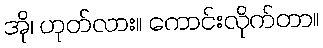
အို၊ ဟုတ်လား။ ကောင်းလိုက်တာ။